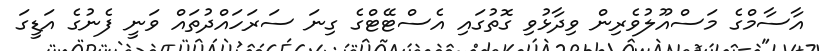
އާސާމްގެ މަސްއޫލުވެރިން ވިދާޅުވި ގޮތުގައި އެސްޓޭޓްގެ ގިނަ ސަރަހައްދުތައް ވަނީ ފެނުގެ އަޑީގަ